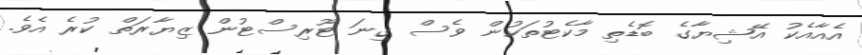
އެއާއެކު އޭޝިޔާގެ ބޮޑެތި މާކެޓުތަކުން ވެސް ގިނަ ޓޫރިސްޓުން ޒިޔާރަތް ކުރެ އެވެ.